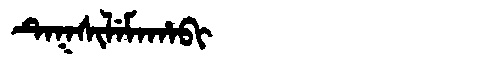
Manchu: ᡨᡝᡴᠰᡳᠯᡝᠮᠠᡥᠠᠪᡳ
Romanization: TEKSILEMAHABI